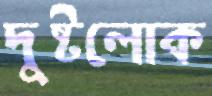
দুষ্টলোক